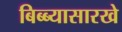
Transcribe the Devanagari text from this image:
बिब्ब्यासारखे